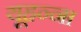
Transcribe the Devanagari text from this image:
यूहन्ना